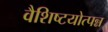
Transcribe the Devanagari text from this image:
वैशिष्टयोत्पन्न